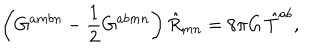
\left( G ^ { a m b n } - \frac { 1 } { 2 } G ^ { a b m n } \right) \hat { R } _ { m n } = 8 \pi G \, \hat { T } ^ { a b } ,